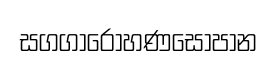
සගගාරොහණසොපාන